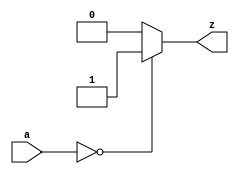
module eight_bit_zero_comp(

       input    [7:0] a,
       output reg   z
    );
    
    always @(*) begin
    
     if (a == 0)
        z = 1'b1;
     else
        z = 1'b0;
    end     
endmodule